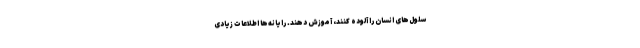
سلول‌های انسان را آلوده کنند، آموزش دهند. رایانه‌ها اطلاعات زیادی